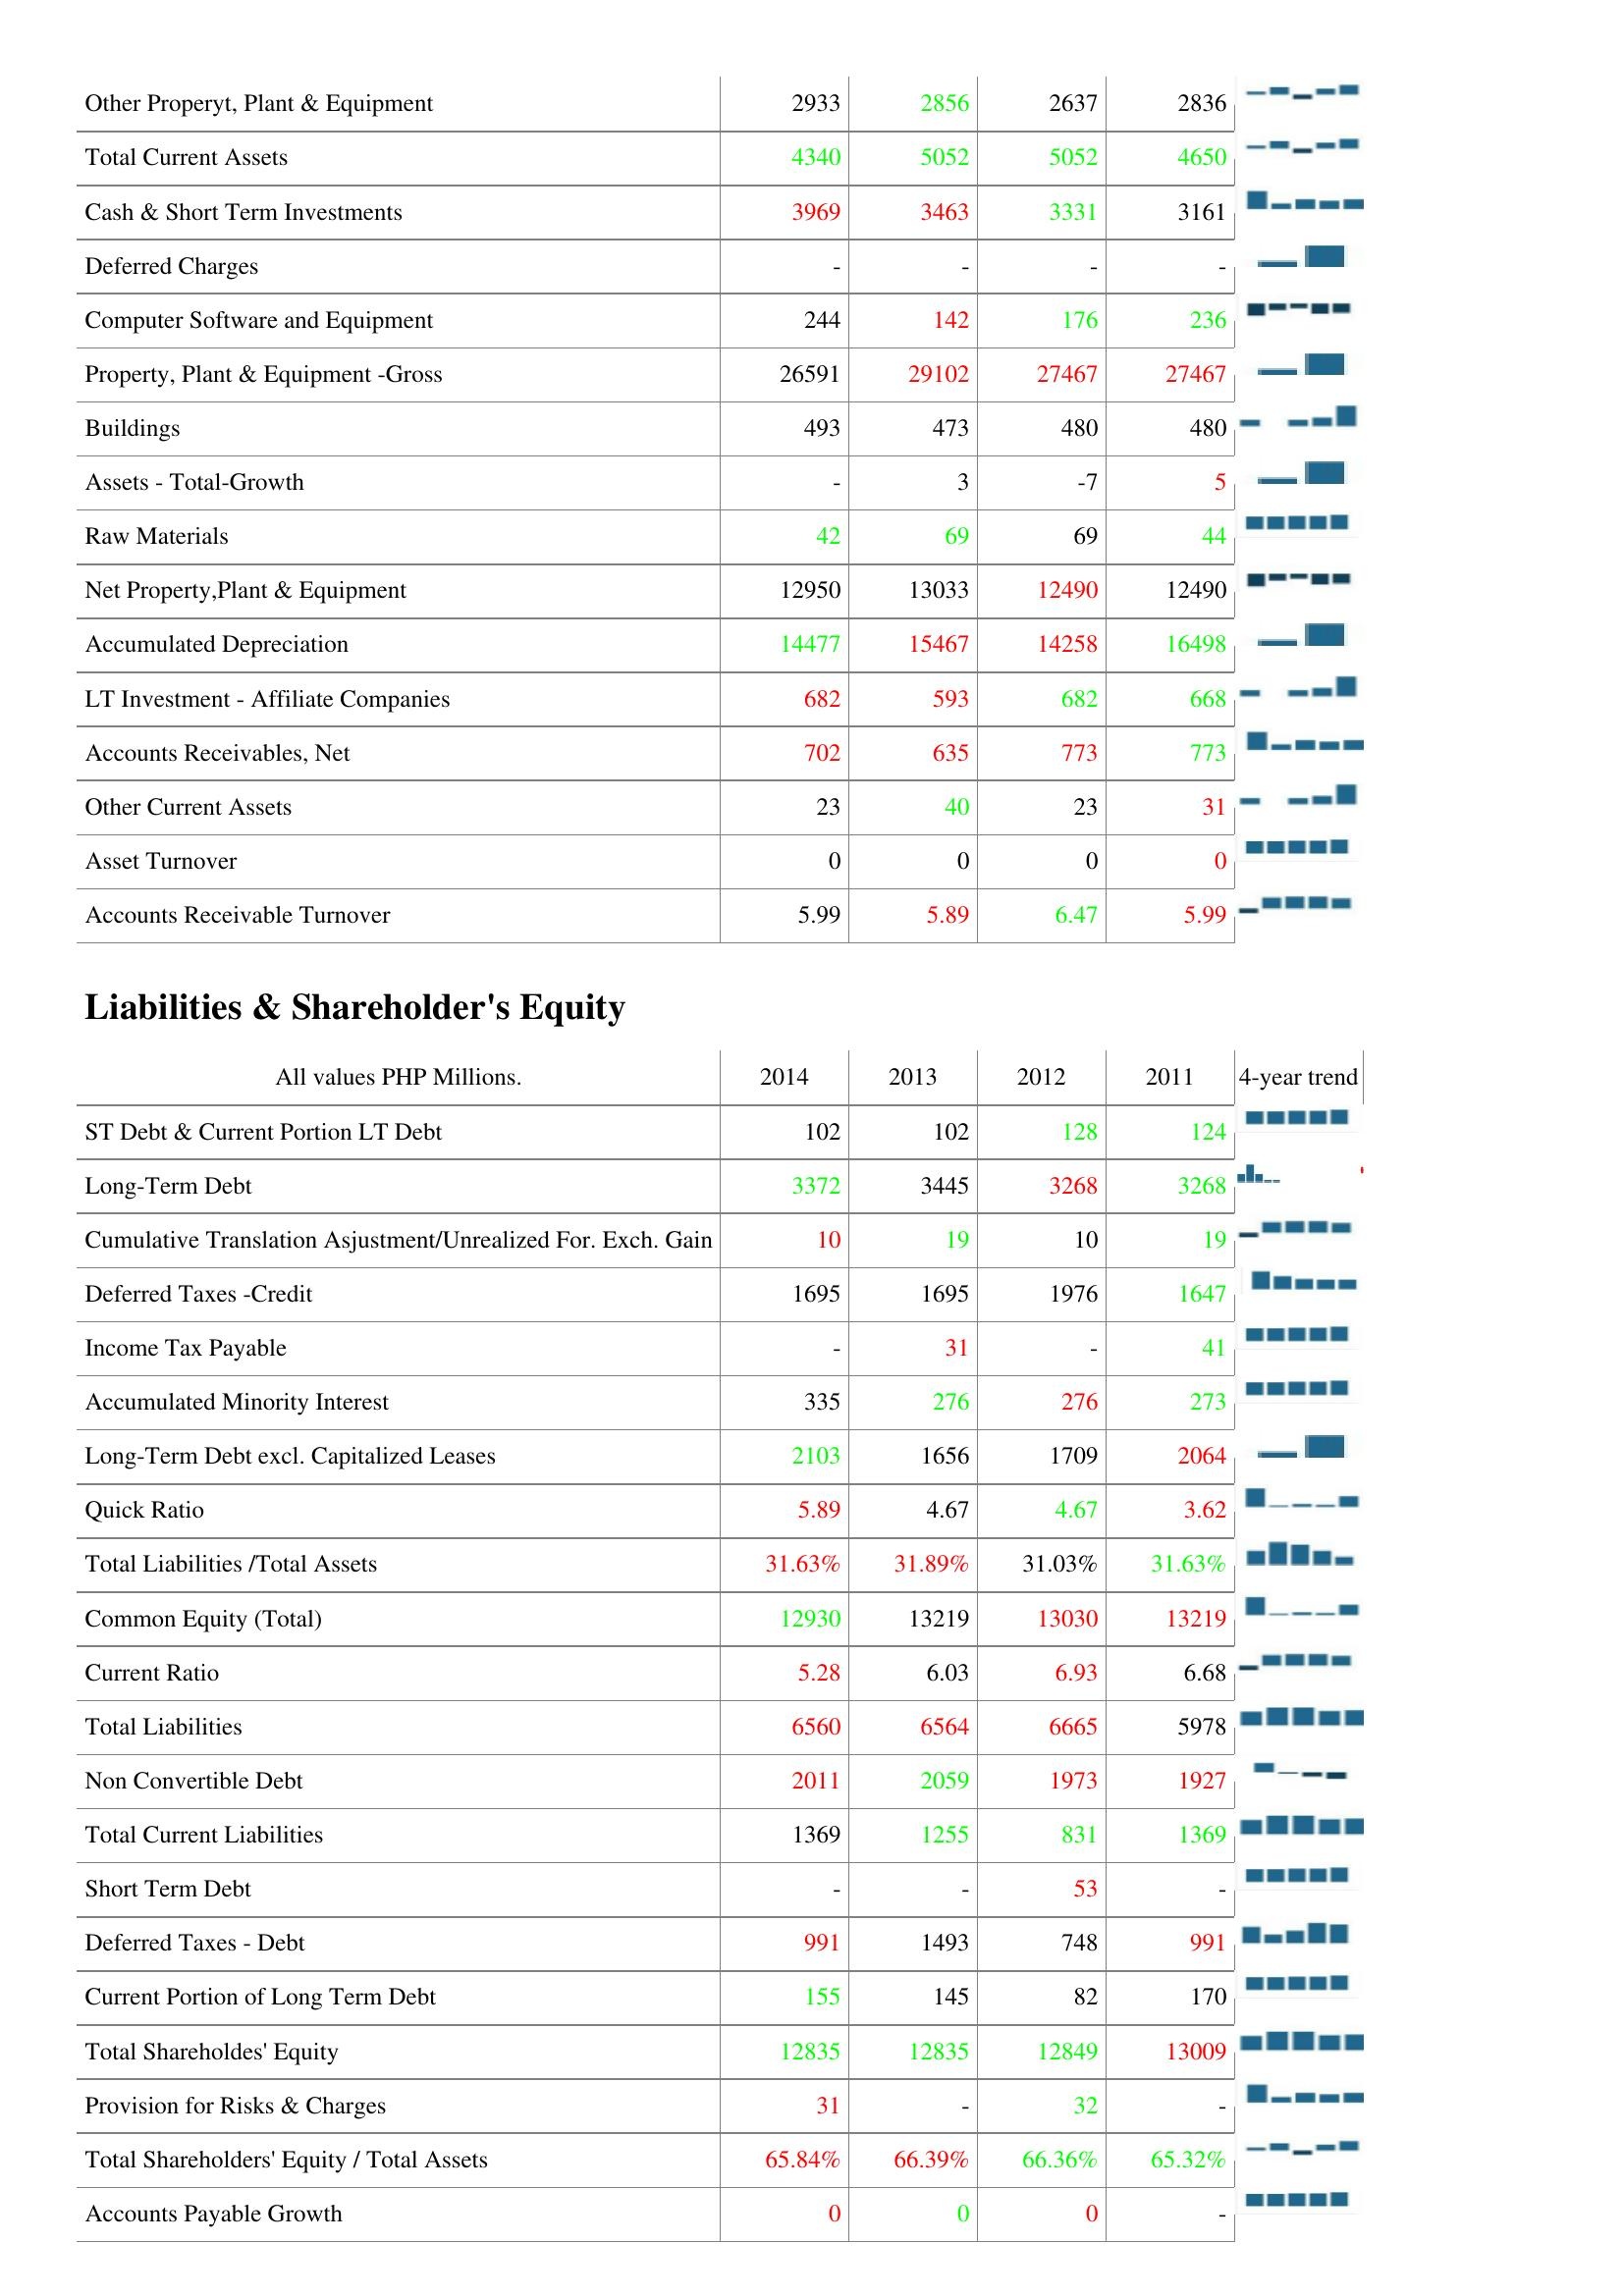
2014: Assets: Other Properyt, Plant & Equipment: 2933
Total Current Assets: 4340
Cash & Short Term Investments: 3969
Deferred Charges: -
Computer Software and Equipment: 244
Property, Plant & Equipment -Gross: 26591
Buildings: 493
Assets - Total-Growth: -
Raw Materials: 42
Net Property,Plant & Equipment: 12950
Accumulated Depreciation: 14477
LT Investment - Affiliate Companies: 682
Accounts Receivables, Net: 702
Other Current Assets: 23
Asset Turnover: 0
Accounts Receivable Turnover: 5.99
Liabilities & Shareholder's Equity: ST Debt & Current Portion LT Debt: 102
Long-Term Debt: 3372
Cumulative Translation Asjustment/Unrealized For. Exch. Gain: 10
Deferred Taxes -Credit: 1695
Income Tax Payable: -
Accumulated Minority Interest: 335
Long-Term Debt excl. Capitalized Leases: 2103
Quick Ratio: 5.89
Total Liabilities /Total Assets: 31.63%
Common Equity (Total): 12930
Current Ratio: 5.28
Total Liabilities: 6560
Non Convertible Debt: 2011
Total Current Liabilities: 1369
Short Term Debt: -
Deferred Taxes - Debt: 991
Current Portion of Long Term Debt: 155
Total Shareholdes' Equity: 12835
Provision for Risks & Charges: 31
Total Shareholders' Equity / Total Assets: 65.84%
Accounts Payable Growth: 0
2013: Assets: Other Properyt, Plant & Equipment: 2856
Total Current Assets: 5052
Cash & Short Term Investments: 3463
Deferred Charges: -
Computer Software and Equipment: 142
Property, Plant & Equipment -Gross: 29102
Buildings: 473
Assets - Total-Growth: 3
Raw Materials: 69
Net Property,Plant & Equipment: 13033
Accumulated Depreciation: 15467
LT Investment - Affiliate Companies: 593
Accounts Receivables, Net: 635
Other Current Assets: 40
Asset Turnover: 0
Accounts Receivable Turnover: 5.89
Liabilities & Shareholder's Equity: ST Debt & Current Portion LT Debt: 102
Long-Term Debt: 3445
Cumulative Translation Asjustment/Unrealized For. Exch. Gain: 19
Deferred Taxes -Credit: 1695
Income Tax Payable: 31
Accumulated Minority Interest: 276
Long-Term Debt excl. Capitalized Leases: 1656
Quick Ratio: 4.67
Total Liabilities /Total Assets: 31.89%
Common Equity (Total): 13219
Current Ratio: 6.03
Total Liabilities: 6564
Non Convertible Debt: 2059
Total Current Liabilities: 1255
Short Term Debt: -
Deferred Taxes - Debt: 1493
Current Portion of Long Term Debt: 145
Total Shareholdes' Equity: 12835
Provision for Risks & Charges: -
Total Shareholders' Equity / Total Assets: 66.39%
Accounts Payable Growth: 0
2012: Assets: Other Properyt, Plant & Equipment: 2637
Total Current Assets: 5052
Cash & Short Term Investments: 3331
Deferred Charges: -
Computer Software and Equipment: 176
Property, Plant & Equipment -Gross: 27467
Buildings: 480
Assets - Total-Growth: -7
Raw Materials: 69
Net Property,Plant & Equipment: 12490
Accumulated Depreciation: 14258
LT Investment - Affiliate Companies: 682
Accounts Receivables, Net: 773
Other Current Assets: 23
Asset Turnover: 0
Accounts Receivable Turnover: 6.47
Liabilities & Shareholder's Equity: ST Debt & Current Portion LT Debt: 128
Long-Term Debt: 3268
Cumulative Translation Asjustment/Unrealized For. Exch. Gain: 10
Deferred Taxes -Credit: 1976
Income Tax Payable: -
Accumulated Minority Interest: 276
Long-Term Debt excl. Capitalized Leases: 1709
Quick Ratio: 4.67
Total Liabilities /Total Assets: 31.03%
Common Equity (Total): 13030
Current Ratio: 6.93
Total Liabilities: 6665
Non Convertible Debt: 1973
Total Current Liabilities: 831
Short Term Debt: 53
Deferred Taxes - Debt: 748
Current Portion of Long Term Debt: 82
Total Shareholdes' Equity: 12849
Provision for Risks & Charges: 32
Total Shareholders' Equity / Total Assets: 66.36%
Accounts Payable Growth: 0
2011: Assets: Other Properyt, Plant & Equipment: 2836
Total Current Assets: 4650
Cash & Short Term Investments: 3161
Deferred Charges: -
Computer Software and Equipment: 236
Property, Plant & Equipment -Gross: 27467
Buildings: 480
Assets - Total-Growth: 5
Raw Materials: 44
Net Property,Plant & Equipment: 12490
Accumulated Depreciation: 16498
LT Investment - Affiliate Companies: 668
Accounts Receivables, Net: 773
Other Current Assets: 31
Asset Turnover: 0
Accounts Receivable Turnover: 5.99
Liabilities & Shareholder's Equity: ST Debt & Current Portion LT Debt: 124
Long-Term Debt: 3268
Cumulative Translation Asjustment/Unrealized For. Exch. Gain: 19
Deferred Taxes -Credit: 1647
Income Tax Payable: 41
Accumulated Minority Interest: 273
Long-Term Debt excl. Capitalized Leases: 2064
Quick Ratio: 3.62
Total Liabilities /Total Assets: 31.63%
Common Equity (Total): 13219
Current Ratio: 6.68
Total Liabilities: 5978
Non Convertible Debt: 1927
Total Current Liabilities: 1369
Short Term Debt: -
Deferred Taxes - Debt: 991
Current Portion of Long Term Debt: 170
Total Shareholdes' Equity: 13009
Provision for Risks & Charges: -
Total Shareholders' Equity / Total Assets: 65.32%
Accounts Payable Growth: -